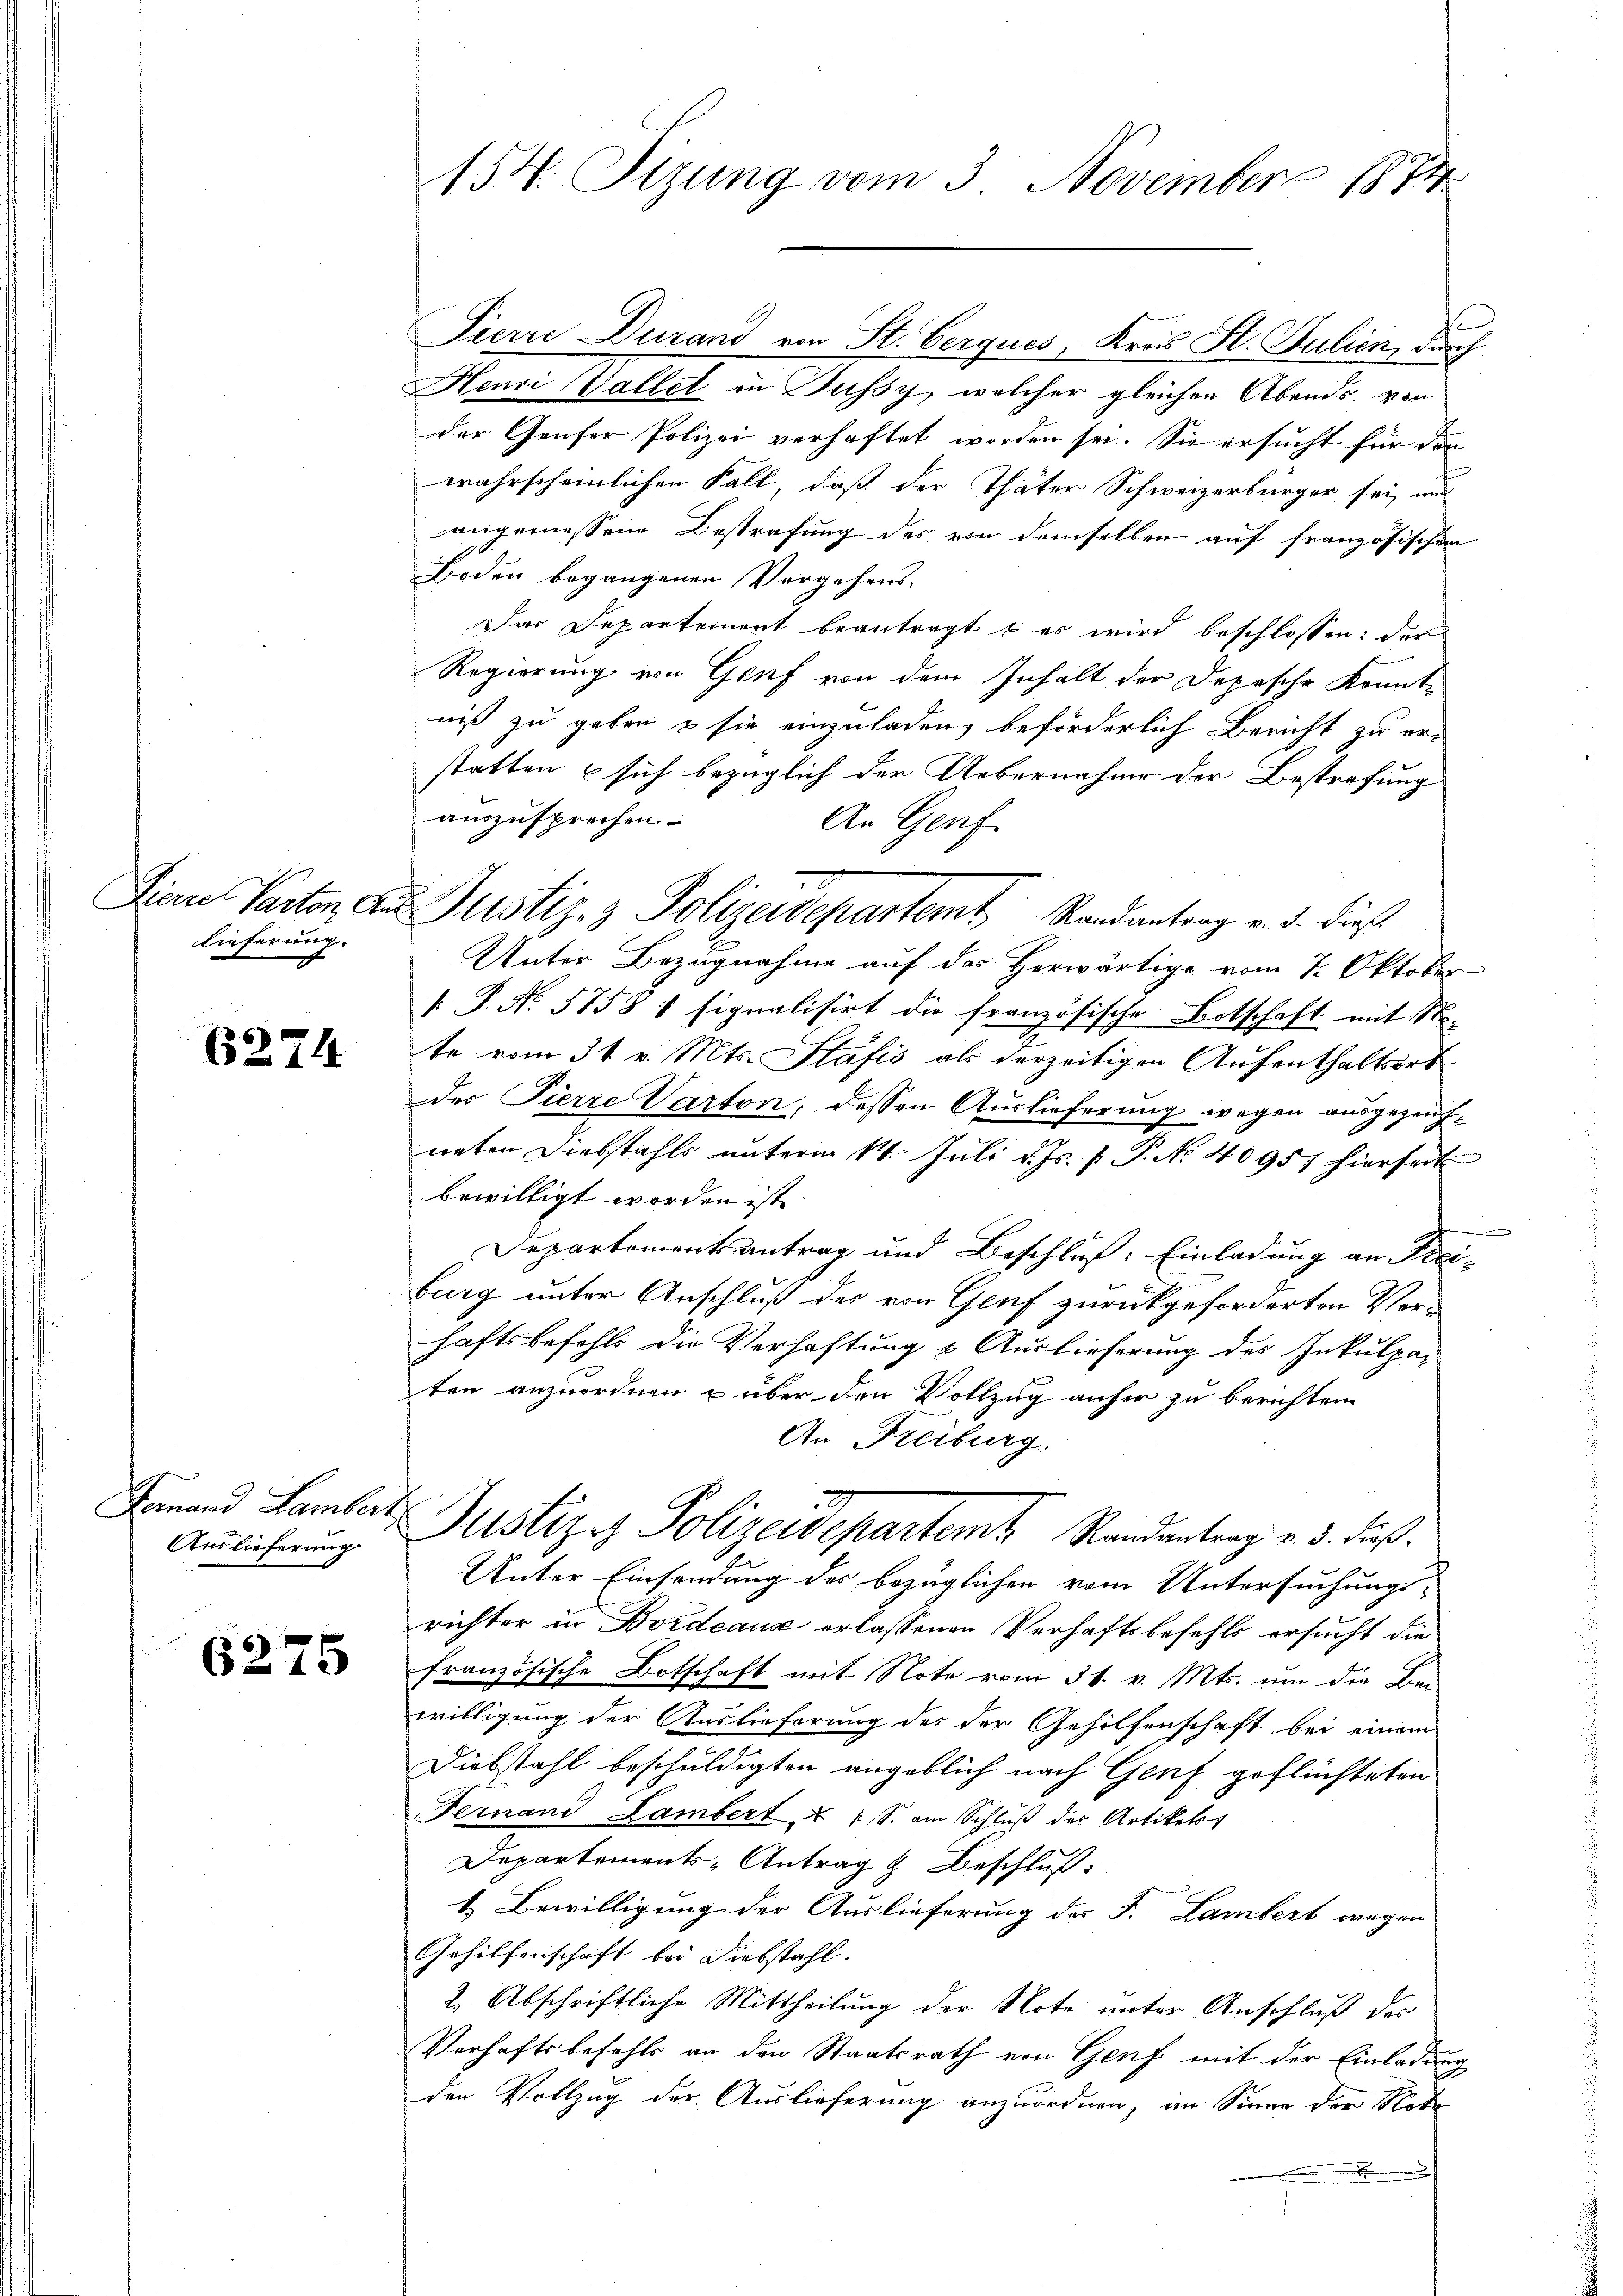
lieferung.

6274

Fornand Lamberz
Auslieferung

6275

154. Sizung vom 3. November 1874

Pierre Durand von St. Berques, Kreis St. Julien, durch
Henri Vallet in Fussy, welcher gleichen Abends von
der Genfer Polizei verhaftet worden sei. Sie ersucht für den
wahrscheinlichen Fall, daß der Thäter Schweizerbürger sei, und
angemessene Bestrafung des von demselben auf französischen
Boden begangenen Vergehens-
Das Departement beantragt & es wird beschlossen: der
Regierung von Genf von dem Inhalt der Depesche Korntniß zu geben & sie einzuladen, beförderlich Bericht zu erstatten & sich bezüglich der Uebernahme der Bestrafung
auszusprechen.
An Genf.
Unter Bezugnahme auf das Herwärtige vom 7. Oktober
 P. Nr. 5758 / signalisirt die französische Botschaft mit No-
te vom 31. v. Mts. Stäfis als derzeitigen Aufenthaltsort
des Pierre Varton, dessen Auslieferung wegen ausgezeichneten Diebstahls unterm 14. Juli d. Js. p. P. No 40957 hierseit
bewilligt worden ist. |
.
Departementsantrag und Beschluß: Einladung an Frei-
burg unter Anschluß des von Genf zurückgeforderten Verhaftsbefehls die Verhaftung & Auslieferung des Inkulpa-
ten anzuordnen u über den Vollzug anher zu berichten
An Freiburg.
Justiz- Polizeidepartem Randantrag v. 3. daß
Unter Einsendung der bezüglichen vom Untersuchungs-
richter in Bordeaux erlassenen Verhaftsbefehls ersucht die
französische Botschaft mit Note vom 31. v. Mts. um die Beiwilligung der Auslieferung des der Gehilfenschaft bei einem
Diebstahl beschuldigten angeblich nach Genf geflüchteten
Fernand Lambert, u. 1 S. am Schluß des Artikelst
Departements Antrag & Beschluß
1. Bewilligung der Auslieferung der F. Lambert wegen
Gehilfenschaft bei Diebstahl.
2 Abschriftliche Mittheilung der Note unter Anschluß der
Verhaftsbefehls an den Staatsrath von Genf mit der Einladung
den Vollzug der Auslieferung anzuordnen, im Sinne der Note
.

Fian Parton aus Justiz- & Polizeidepartemt Randantrag v. 3. dieß